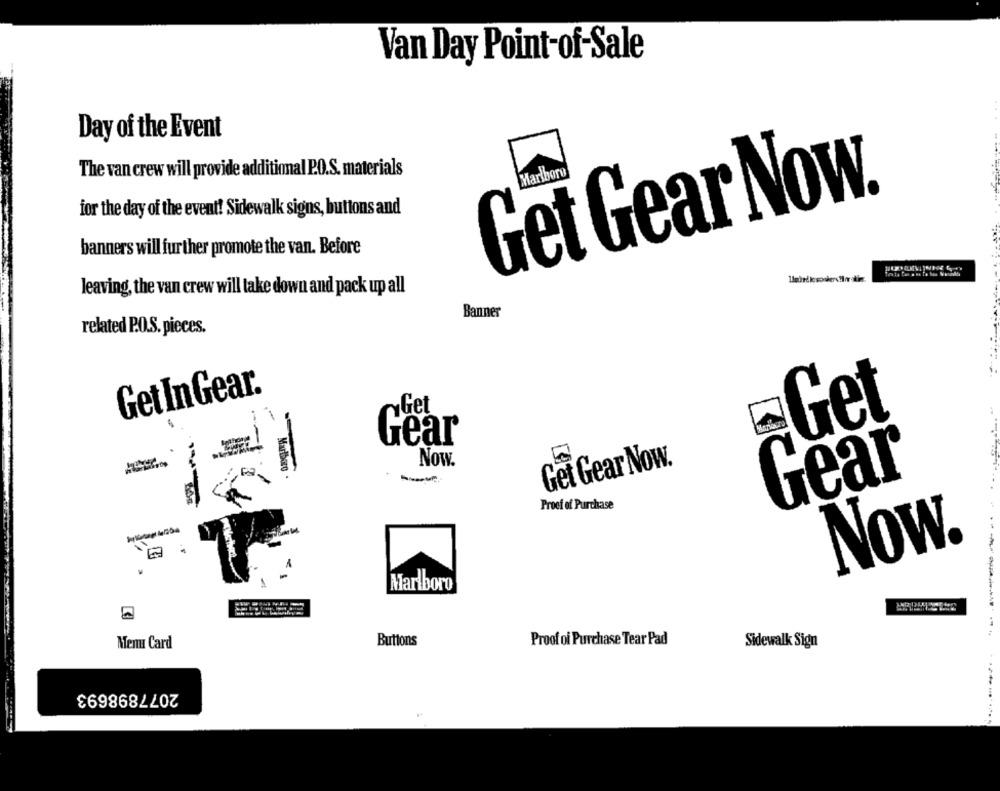
Van Day Point-of-Sale
Day of the Event
The van crew will provide additional P.O.S. materials
Get Gear Now.
for the day of the event! Sidewalk signs, buttons and
banners will further promote the van. Before
leaving, the van crew will take down and pack up all
Banner
related P.O.S. pieces.
Get InGear.
yGet
Get
Gear
Now.
Get Gear Now.
Marlboro .
Gear
Proof of Purchase
Now.
Marlboro
Buttons
Proof of Purchase Tear Pad
Menu Card
Sidewalk Sign
2077898693